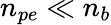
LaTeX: {n_{pe}\ll n_{b}}